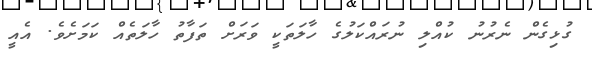
ގުޅިގެން ނެރުނު ކުއްލި ނުރައްކަލުގެ ހާލަތަކީ ވަރަށް ތަފާތު ހާލަތެއް ކަމަށެވެ. އެއީ